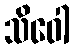
သိဝေါ